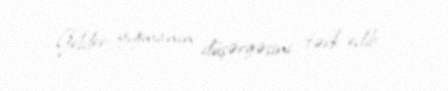
Gelder yığmanın düşərgəsini tərk edib.